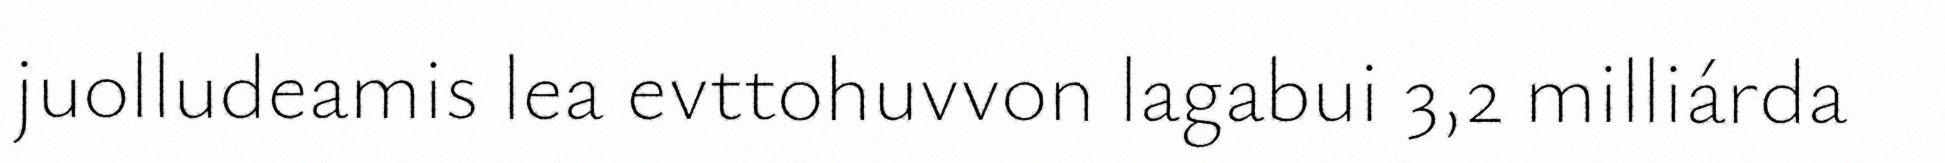
juolludeamis lea evttohuvvon lagabui 3,2 milliárda